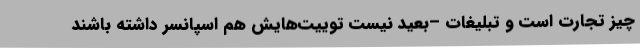
چیز تجارت است و تبلیغات –بعید نیست توییت‌هایش هم اسپانسر داشته باشند